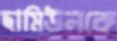
ছামিউলকে